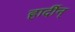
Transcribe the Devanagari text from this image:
हार्दीन्